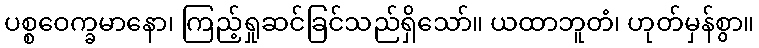
ပစ္စဝေက္ခမာနော၊ ကြည့်ရှုဆင်ခြင်သည်ရှိသော်။ ယထာဘူတံ၊ ဟုတ်မှန်စွာ။